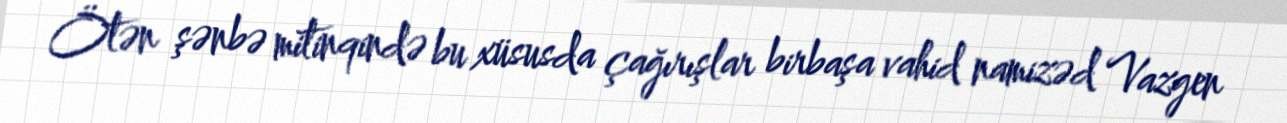
Ötən şənbə mitinqində bu xüsusda çağırışlar birbaşa vahid namizəd Vazgen